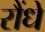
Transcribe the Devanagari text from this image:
रौंधे